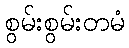
စွမ်းစွမ်းတမံ